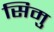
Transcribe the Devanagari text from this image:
सिमु